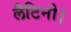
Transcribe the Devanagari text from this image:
लैटिनो।